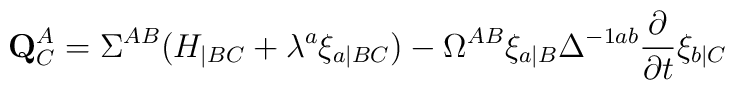
{\bf Q}^A_C = \Sigma^{AB} (H_{|BC} + \lambda^a \xi_{a|BC})- \Omega^{AB} \xi_{a|B} \Delta^{-1ab} {{\partial} \over{\partial t}} \xi_{b|C}